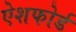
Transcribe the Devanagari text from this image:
ऐशफोर्ड